Indian journal of veterinary science and animal husbandry - Volumes 18-21, 1948-1951
Year: 1948
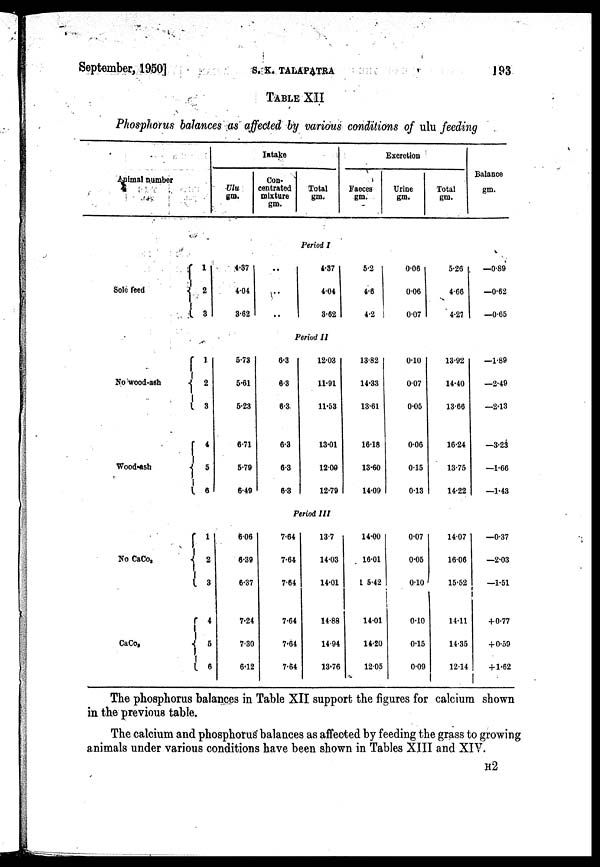
September, 1950]
S.
K.TALAPATRA
193
TABLE XII
Phosphorus balances as affected by various conditions of ulu feeding
Animal number
Intake
Ulu
gm.
Con-
centrated
mixture
gm.
Total
gm.
Excretion
Faeces
gm.
Urine
gm.
Total
gm.
Balance
gm.
Period I
Sole feed
1
2
3
4.37
4.04
3.62
..
..
..
4.37
4.04
3.62
5.2
4.6
4.2
0.06
0.06
0.07
5.26
4.66
4.27
—0.89
—0.62
—0.65
Period II
No wood-ash
Wood-ash
1
2
3
4
5
6
5.73
5.61
5.23
6.71
5.79
6.49
6.3
6.3
6.3
6.3
6.3
6.3
12.03
11.91
11.53
13.01
12.09
12.79
13.82
14.33
13.61
16.18
13.60
14.09
0.10
0.07
0.05
0.06
0.15
0.13
13.92
14.40
13.66
16.24
13.75
14.22
—1.89
—2.49
—2.13
—3.23
—1.66
—1.43
Period III
No CaCo 3
CaCo 3
1
2
3
4
5
6
6.06
8.39
6.37
7.24
7.30
6.12
7.64
7.64
7.64
7.64
7.64
7.64
13.7
14.03
14.01
14.88
14.94
13.76
14.00
16.01
15.42
14.01
14.20
12.05
0.07
0.05
0.10
0.10
0.15
0.09
14.07
16.06
15.52
14.11
14.35
12.14
—0.37
—2.03
—1.51
+ 0.77
+0.59
+1.62
The phosphorus balances in Table XII support the figures for calcium shown
in the previous table.
The calcium and phosphorus balances as affected by feeding the grass to growing
animals under various conditions have been shown in Tables XIII and XIV.
H 2